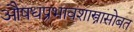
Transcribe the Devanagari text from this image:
औषधप्रभावशास्त्रासोबत